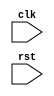
module synchronous_reset (
    input wire clk,
    input wire rst,
    // other input/output ports
);

// Declare reg or wire variables here

always @(posedge rst) begin
    // Behavior to occur on positive edge of rst signal
    // Synchronous reset functionality
end

// Other logic for the module

endmodule